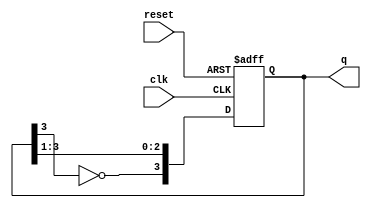
module JohnsonCounter #(parameter N = 4) (
    input wire clk,          // Clock input
    input wire reset,        // Asynchronous reset
    output reg [N-1:0] q     // Counter output
);

    // Internal signal for feedback
    wire feedback;

    // Feedback is the inverted output of the last flip-flop
    assign feedback = ~q[N-1];

    always @(posedge clk or posedge reset) begin
        if (reset) begin
            // Asynchronous reset to zero
            q <= 0;
        end else begin
            // Shift the states and apply feedback
            q <= {feedback, q[N-1:1]};
        end
    end

endmodule